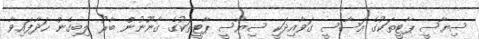
ސިޔާސީ ޕާޓީތަކުގެ އަސާސީ ގަވާއިދަކީ ސިޔާސީ ޕާޓީތަކުގެ ގާނޫނުން ބާރު ލިބިގެން ހަދާފައިވާ